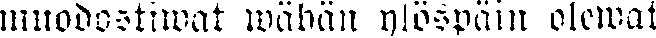
muodostiwat wähän ylöspäin olewat